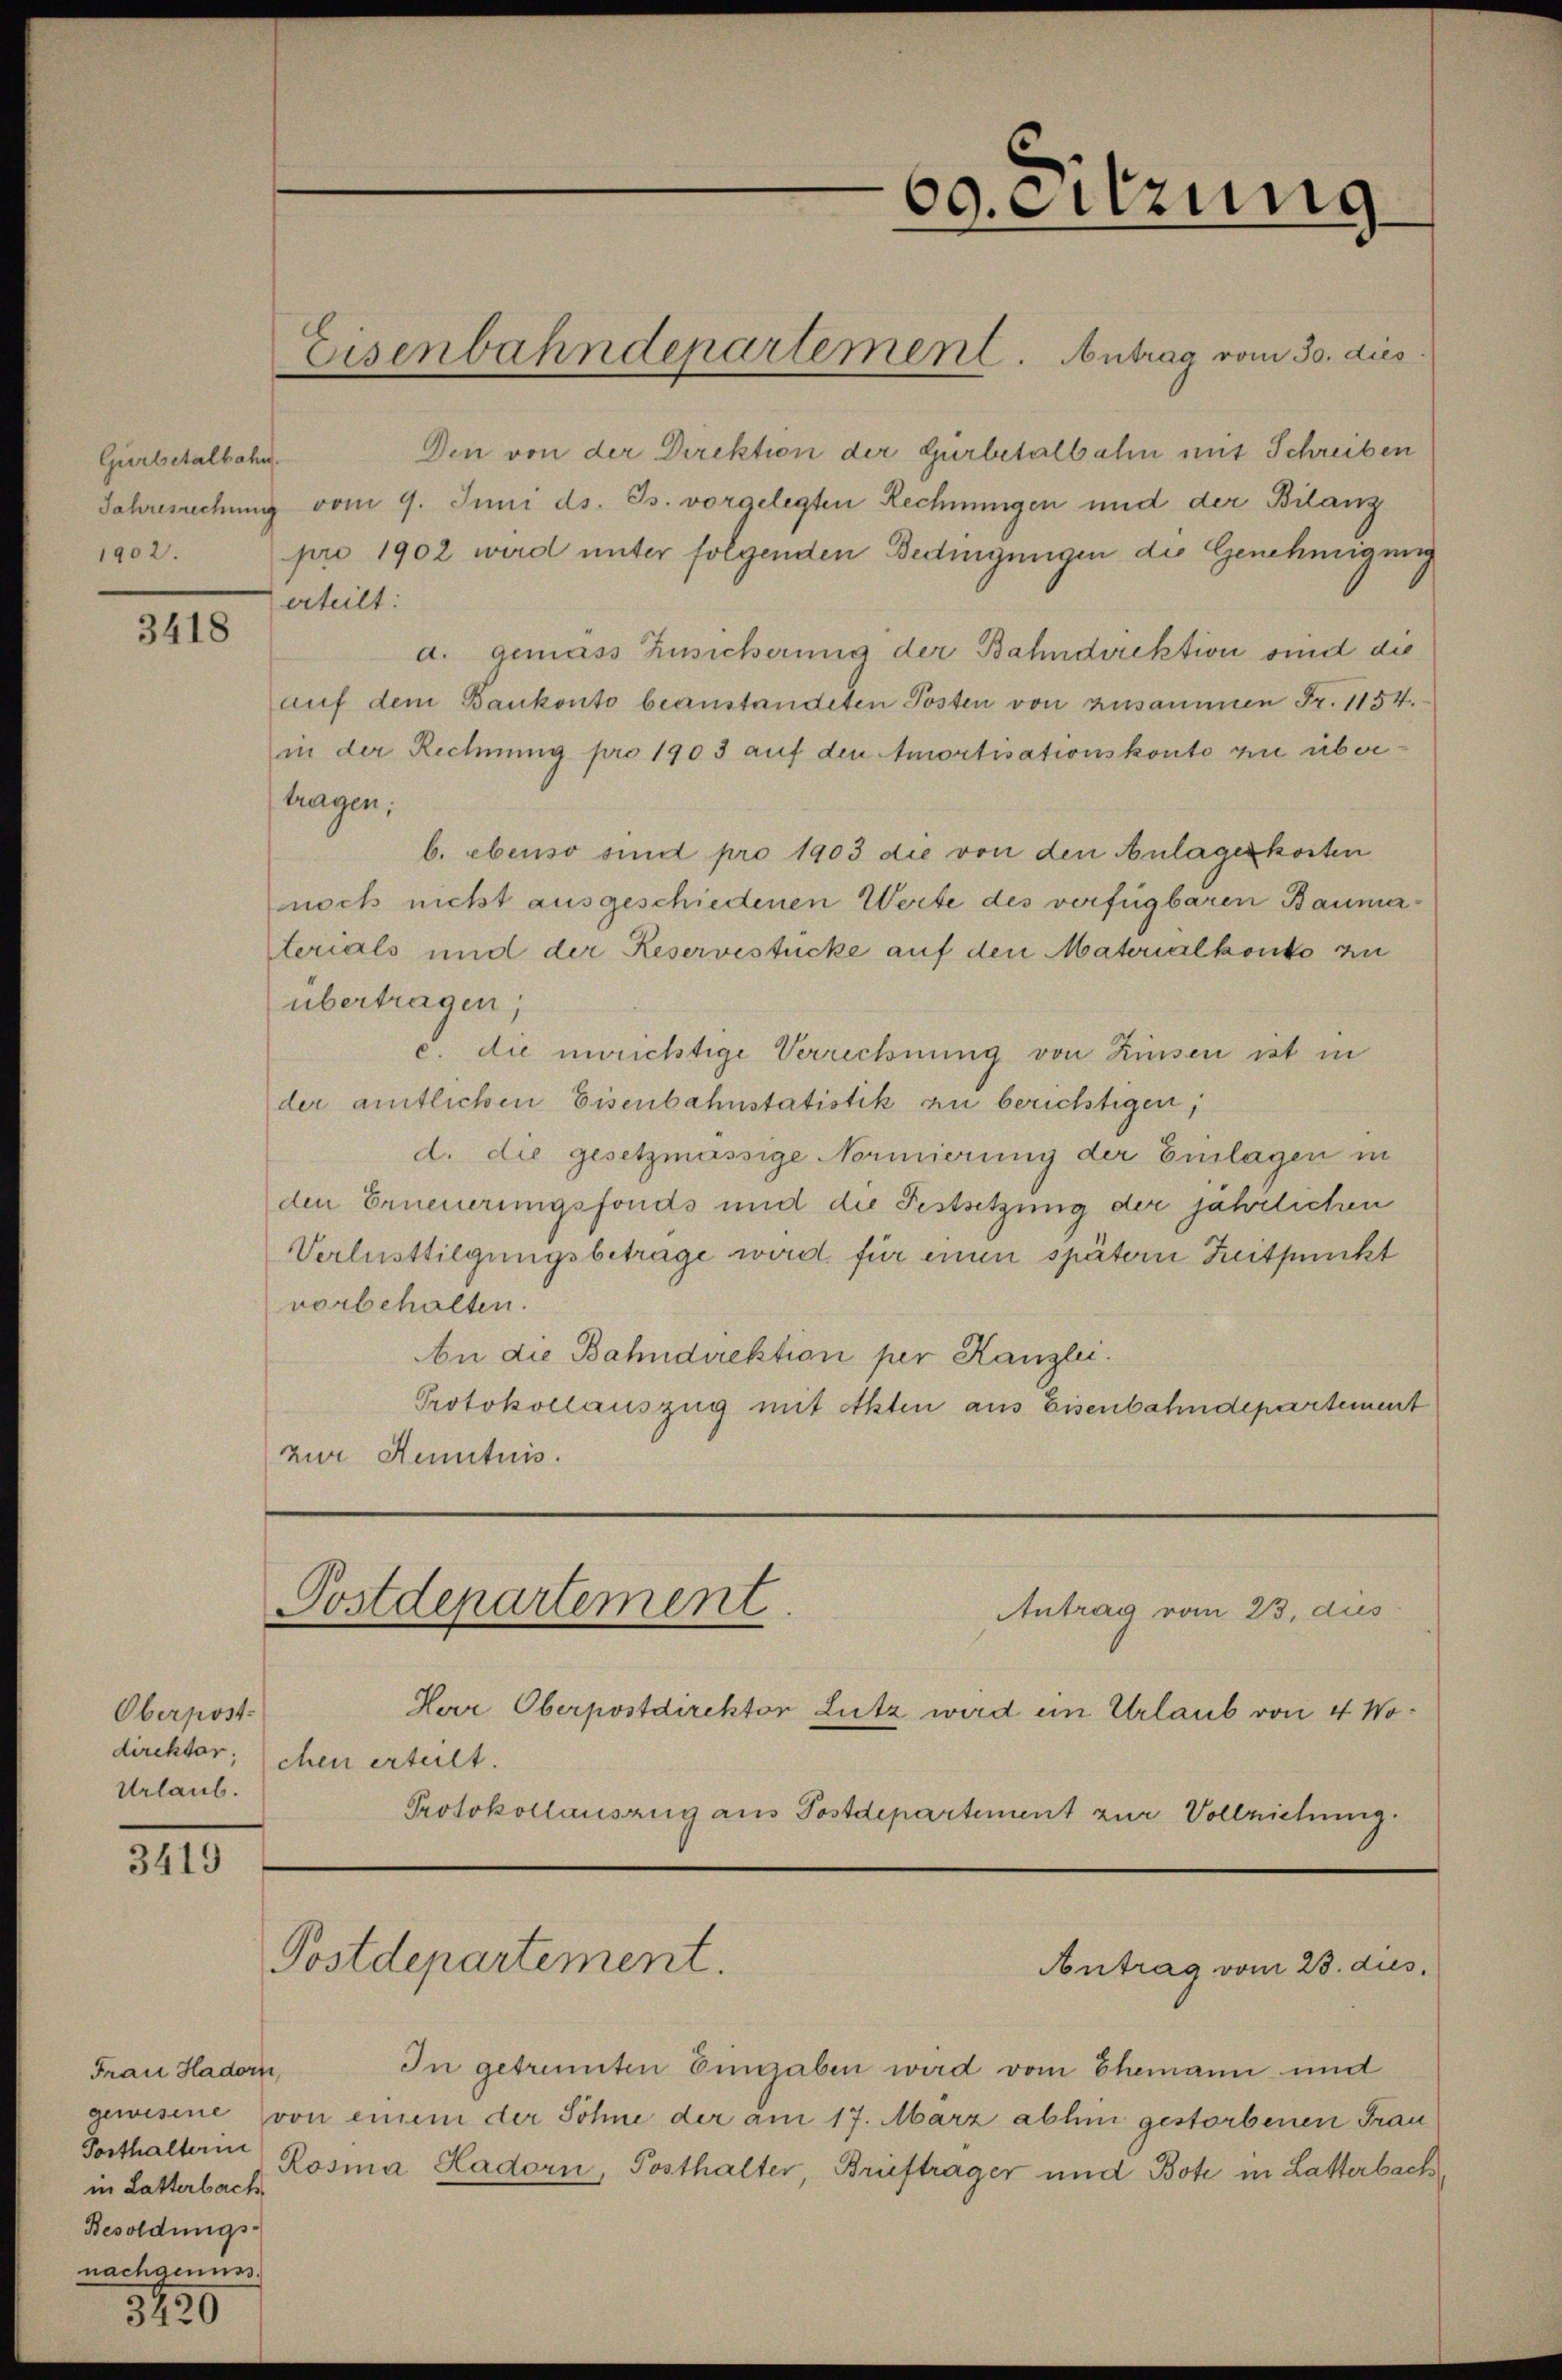
Gurbetalbahn.
1902.

3418

Oberpost.
Urlaub.

3419

Frau Hadorn,
in Latterbach
Besoldungs-
nachgenuss.

3230

Den von der Direktion der Gürbetalbahn mit Schreiben
Jahresrechung vom 9. Juni ds. Js. vorgelegten Rechnungen und der Bilanz
pro 1902 wird unter folgenden Bedingungen die Genehmigung
erteilt:
d. gemäss Zusicherung der Bahndirektion sind die
auf dem Bankonto beanstandeten Posten von zusammen Fr. 1154.
in der Rechnung pro 1903 auf den Amortisationskonto zu übertragen,
b. ebenso sind pro 1903 die von den Anlagerkosten
noch nicht ausgeschiedenen Werte des verfügbaren Baumaterials und der Reservestücke auf den Matorialkonto zu
übertragen;
c. die unrichtige Verrechnung von Zinsen ist in
der amtlichen Eisenbahnstatistik zu berichtigen,
d. die gesetzmässige Normierung der Einlagen in
den Erneuerungsfonds und die Festsetzung der jährlichen
Verlusttilgungsbeträge wird für einen spätern Zeitpunckt
vorbehalten.
An die Bahndirektion per Kanzlei.
Protokollauszug mit Akten aus Eisenbahndepartement
zur Kenntnis.

Eisenbahndepartement. Antrag vom 30. dies

60. Sitzung

Postdepartement
Antrag vom 23. des

Herr Oberpostdirektor Lutz wird ein Urlaub von 4 Wodirektor; chen erteilt.
Protokollauszug aus Postdepartement zur Vollziehung.

Postdepartement.

Antrag vom 23. dies

In getrenten Eingaben wird vom Ehemann und
gewesene von einem der Sohne der am 17. März abhin gestorbenen Frau
Tosthalterin Rosina Hadorn, Posthalter Brieftrager und Bote in Latterbach,